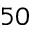
5 0